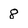
Character: 8